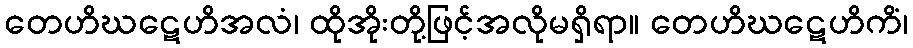
တေဟိဃဋေဟိအလံ၊ ထိုအိုးတို့ဖြင့်အလိုမရှိရာ။ တေဟိဃဋေဟိကိံ၊